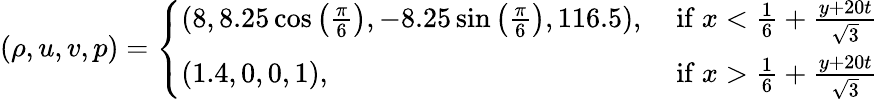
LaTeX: (\rho,u,v,p)=\left\{ \begin{array}{ll}{(8,8.25\cos\left(\frac{\pi}{6}\right),-8.25\sin\left(\frac{\pi}{6}\right),116.5),}&{\mathrm{~if~}x<\frac{1}{6}+\frac{y+20t}{\sqrt{3}}}\\ {(1.4,0,0,1),}&{\mathrm{~if~}x>\frac{1}{6}+\frac{y+20t}{\sqrt{3}}}\end{array}\right.